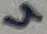
Text: 4